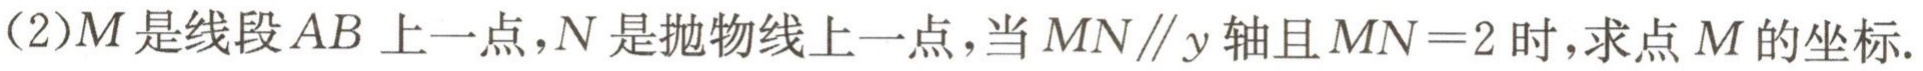
(2)$M$是线段$AB$上一点，$N$是抛物线上一点，当$MN\parallel y$轴且$MN = 2$时，求点$M$的坐标.